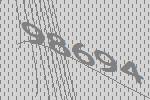
98694